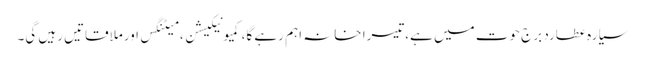
سیارہ عطارد برج حوت میں ہے،تیسرا خانہ اہم رہے گا،کمیونیکیشن ، میٹنگس اورملاقاتیں رہیں گی۔